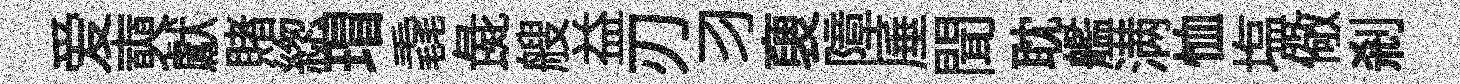
爱奭獻賭緫瑁毳彘艘益刃习褏障厜聞耽艦满恤塩儆剎